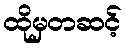
ထိုမှတဆင့်